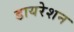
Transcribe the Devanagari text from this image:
डायरेशन